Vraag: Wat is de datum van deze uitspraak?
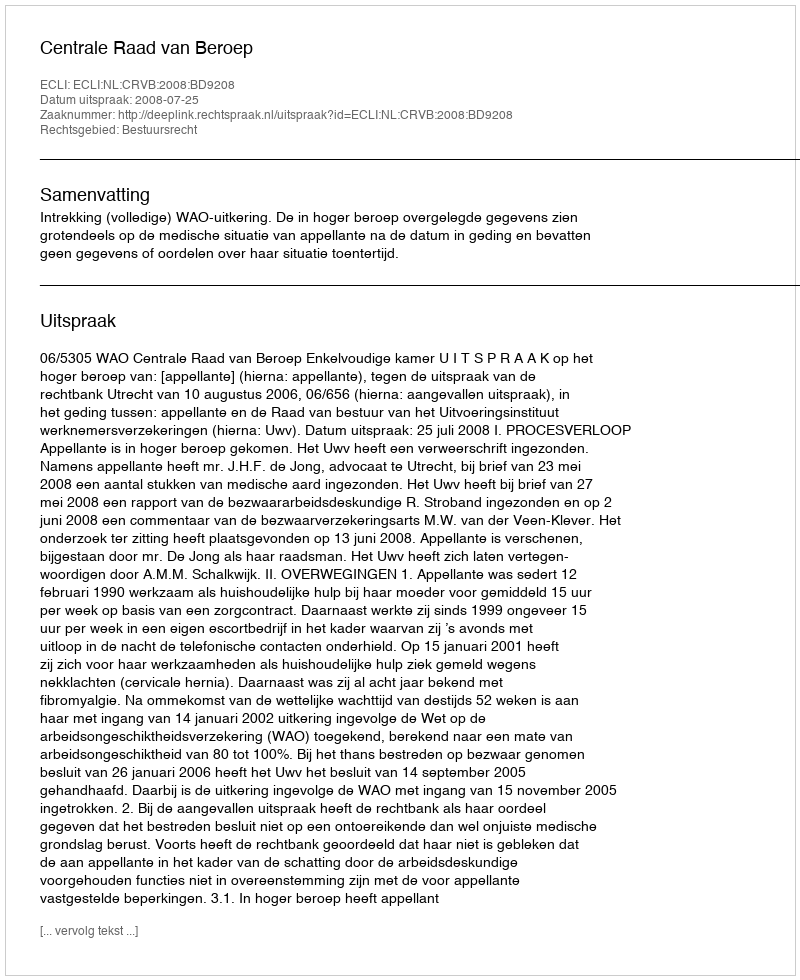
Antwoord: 2008-07-25